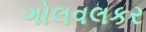
ગોલવલકર